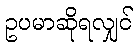
ဥပမာဆိုရလျှင်